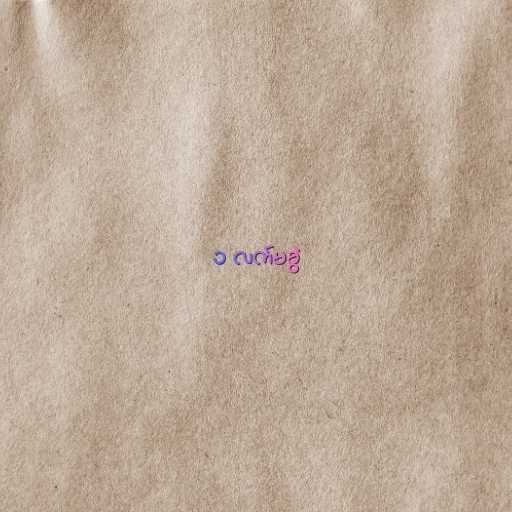
၁ လက်မခွဲ